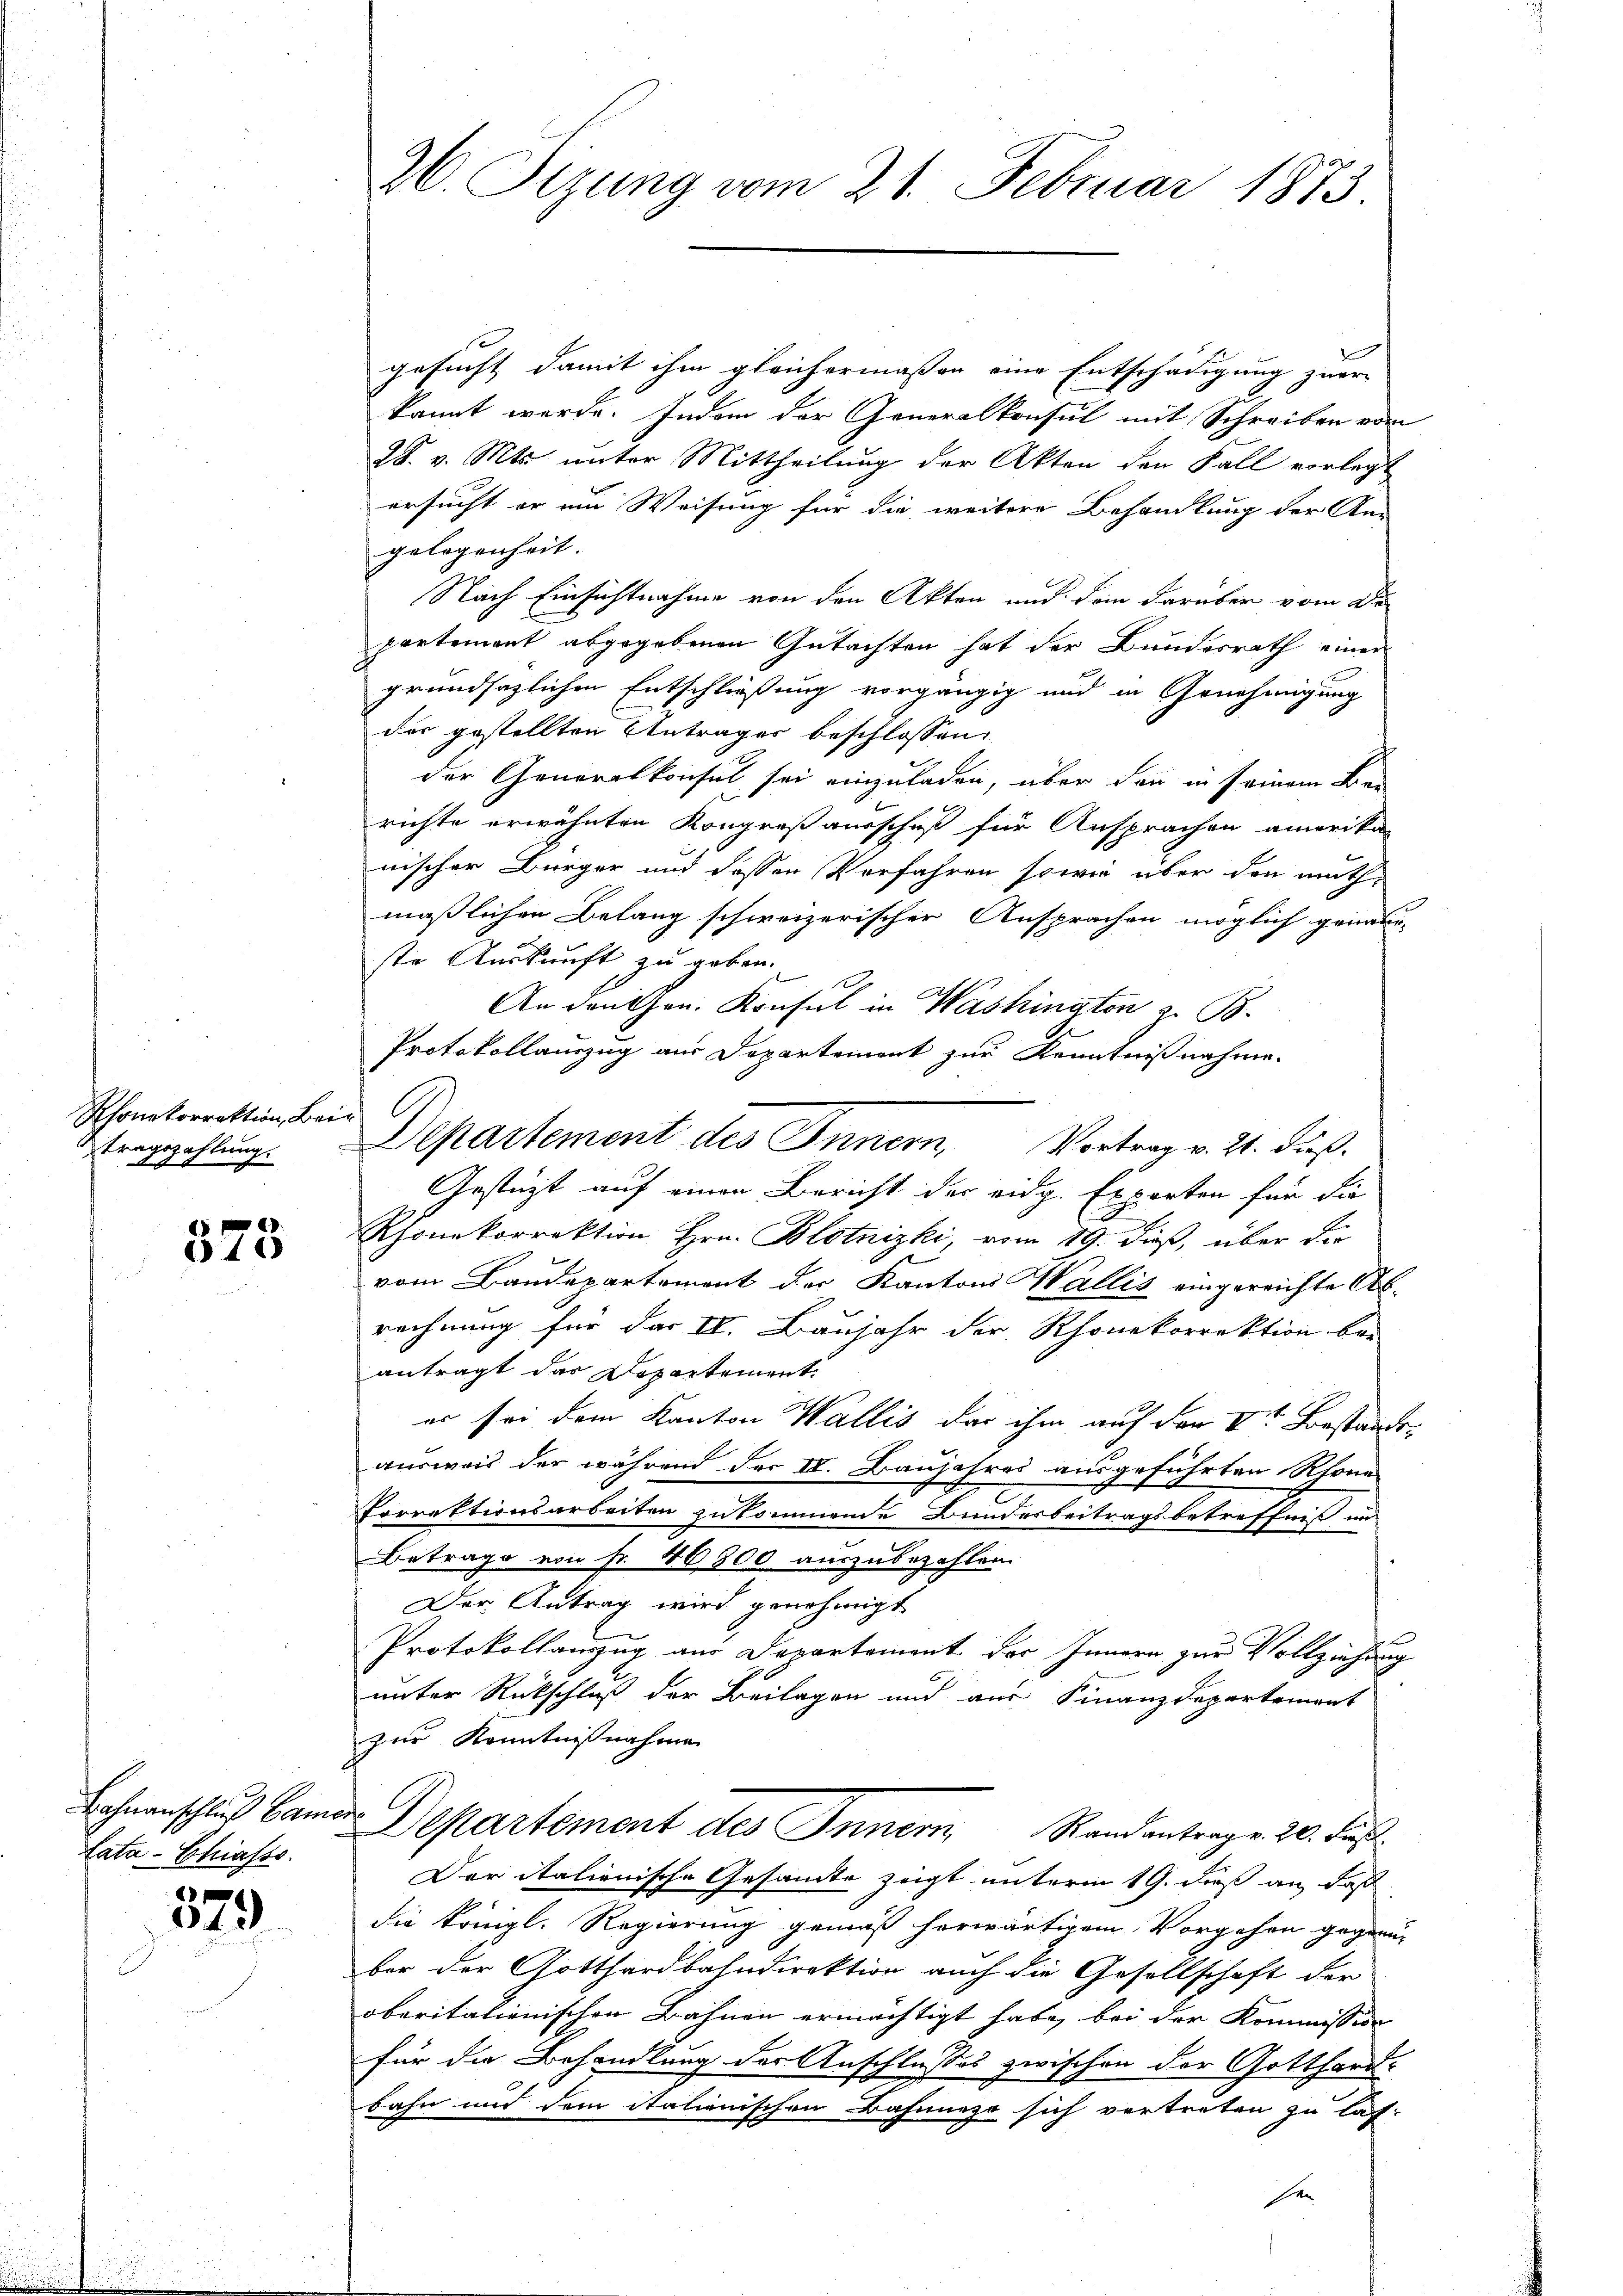
Rhonkorrektion, Beid
tragszahlung.
A

10

Bahnanschluß ban
Lata-Chiasss

579

26. Sizung vom 21. Februar 1873.

gesucht damit ihm gleichermaßen eine Entschädigung zuer-
kannt werde. Indem der Generalkonsul mit Schreiben vom
28. v. Mts. unter Mittheilung der Akten den Fall vorlegt
ersucht er ein Weisung für die weitere Behandlung der An-
gelegenheit
Nach Einsichtnahme von den Akten und dem darüber vom De
partement abgegebenen Gutachten hat der Bundesrath einer
grundsätzlichen Entschließung vorgängig und in Genehmigung
der gestellten Anträger beschlossen:
der Generalkonsul sei einzuladen, über dann in seinem Bei
richte erwähnten Kongreß ausschuß für Ansprachen amerika-
nischer Bürger und dessen Verfahren, sowie über den muthmäßlichen Belang schweizerischer Ansprachen möglich genann-
ste Auskunft zu geben.
An den Hrn. Konsul in Washington z. B.
Protokollauszug aus Departement zur Kenntnißnahme.
Gestüzt auf einen Bericht der eidg. Experten für die
Rhonekorrektion Hrn. Blotnizki, vom 19. dieß, über die
vom Baudepartement der Kantons Wallis eingereichte Ab-
rechnung für das II. Baujahr der Rhonekorrektion bei
antragt das Departement.
es sei dem Kanton Wallis das ihm auf den Vte Bestandsausweis der während der IV. Baujahres ausgeführten Rhone
Porrektionsarbeiten zukommende Bundesbeitragsbetreffniß im
Betrage von Fr. 40800 auszubezahlen.
Der Antrag wird genehmigt
Protokollanzug aus Departement der Innern zur Vollziehung
unter Rückschluß der Beilagen und aus Finanzdepartement
zur Kenntnißnahme
f
Departement des Innern Randantrag v. 20. Fuß.
Der italienische Gesamte zeigt unterm 19. dieß an, daß
die kriegl. Regierung gemäß herwärtigem Vorgehen gegenn
ber der Gotthardbahndirektion auch die Gesellschaft der
oberitalienischen Bahnen ermächtigt habe, bei der Kommission
für die Behandlung der Anschlusses zwischen der Gotthard-
bahn und dem italienischen Bahnnezo sich vertreten zu las-

Departement des Innern Vortrag v. 21. dieß.